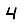
Digit: 4